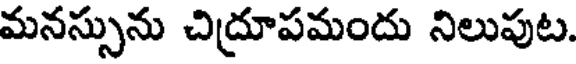
మనస్సును చిద్రూపమందు నిలుపుట.